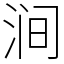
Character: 涧